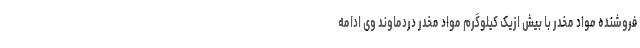
فروشنده مواد مخدر با بیش ازیک کیلوگرم مواد مخدر دردماوند وی ادامه